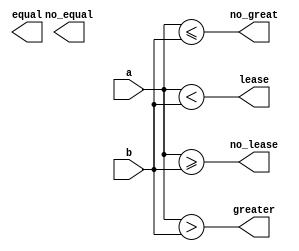
/***********************************************
Module Name:   Relational_Operators
Feature:       4 bits numbers comparison
Coder:         Garfield
Organization:  XXXX Group, Department of Architecture
------------------------------------------------------
Input ports:   a, b, 4 bits, operent
Output Ports:  greater, 1 bit, ">"
               lease, 1 bit, "<"
               no_lease, 1bit, ">="
               no_great, 1 bit, "<="
               equal, 1 bit, "=="
               no_equal, 1 bit, "!="                
------------------------------------------------------
History:
12-03-2015: First Version by Garfield
12-03-2015: First verified by Relational_Operators_test  ISE/Modelsim
***********************************************/

module Relational_Operators
  ( 
    input[3:0] a, b,
    output greater, lease
           ,no_lease, no_great
           ,equal, no_equal
  );

//Definition for Variables in the module


//Load other module(s)

//Logical
assign greater = (a > b);
assign lease = (a < b);
assign no_lease = (a >= b);
assign no_great = (a <= b);
assign equale = (a == b);
assign no_equale = (a != b); 
endmodule